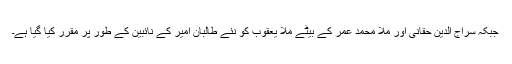
جبکہ سراج الدین حقانی اور ملا محمد عمر کے بیٹے ملا یعقوب کو نئے طالبان امیر کے نائبین کے طور پر مقرر کیا گیا ہے۔